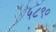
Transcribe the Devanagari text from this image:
५८९०